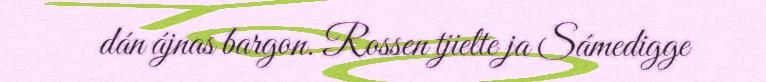
dán ájnas bargon. Rossen tjielte ja Sámedigge